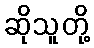
ဆိုသူတို့